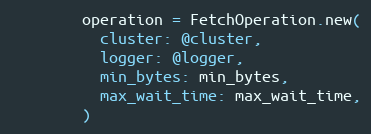
Language: Ruby
        operation = FetchOperation.new(
          cluster: @cluster,
          logger: @logger,
          min_bytes: min_bytes,
          max_wait_time: max_wait_time,
        )